Report on the treatment of epidemic cholera: from information collected by the governments of Bengal, Madras, Bombay, N.W. Provinces, Punjab, Oudh, and Central India, by order of the Government of India
Disease focus: Cholera
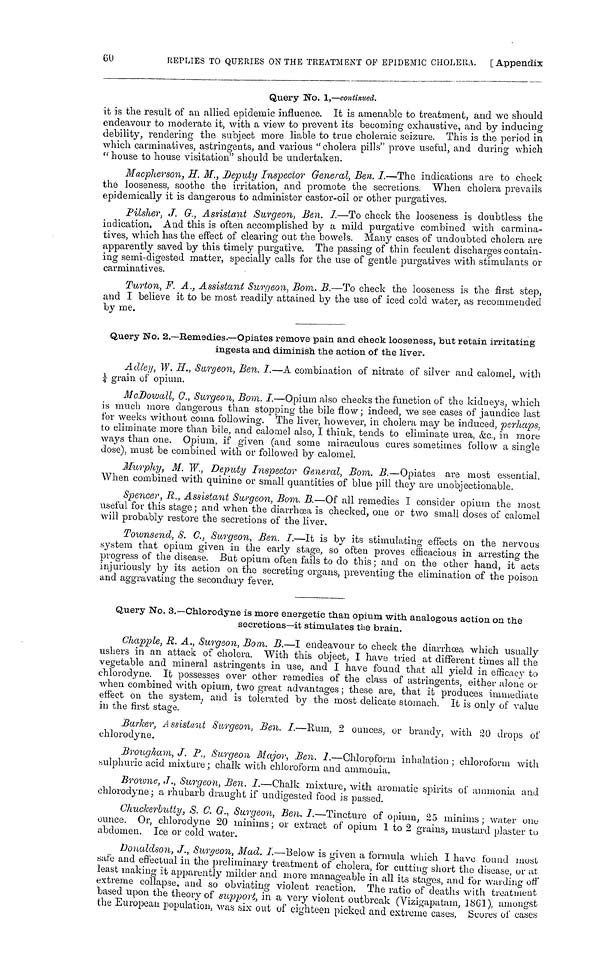
60
REPLIES TO QUERIES ON THE TREATMENT OF EPIDEMIC CHOLERA.
[Appendix
Query No. 1,—continued.
it is the result of au allied epidemic influence. It is amenable to treatment, and we should
endeavour to moderate it, with a view to prevent its becoming exhaustive, and by inducing
debility, rendering the subject more liable to true choleraic seizure. This is the period in
which carminatives, astringents, and various " cholera pills" prove useful, and during which
" house to house visitation" should be undertaken.
Macpherson, H. M., Deputy Inspector General, Ben. I.—The indications are to check
the looseness, soothe the irritation, and promote the secretions. When cholera prevails
epidemically it is dangerous to administer castor-oil or other purgatives.
Pilsher, J. G., Assistant Surgeon, Ben. I.—To check the looseness is doubtless the
indication. And this is often accomplished by a mild purgative combined with carmina-
tives, which has the effect of clearing out the bowels. Many cases of undoubted cholera are
apparently saved by this timely purgative. The passing of thin feculent discharges contain-
ing semi-digested matter, specially calls for the use of gentle purgatives with stimulants or
carminatives.
Turton, F. A., Assistant Surgeon, Bom. B.—To check the looseness is the first step,
and I believe it to be most readily attained by the use of iced cold water, as recommended
by me.
Query No. 2.—Remedies.—Opiates remove pain and check looseness, tout retain irritating
ingesta and diminish the action of the liver.
Adley, W. H., Surgeon, Ben. I.—A combination of nitrate of silver and calomel, with
¼ grain of opium.
McDowall, C., Surgeon, Bom. I.—Opium also checks the function of the kidneys, which
is much more dangerous than stopping the bile flow; indeed, we see cases of jaundice last
for weeks without coma following. The liver, however, in cholera may be induced, perhaps,
to eliminate more than bile, and calomel also, I think, tends to eliminate urea, &c., in more
ways than one. Opium, if given (and some miraculous cures sometimes follow a single
dose), must be combined with or followed by calomel.
Murphy, M. W., Deputy Inspector General, Bom. B.—Opiates are most essential.
When combined with quinine or small quantities of blue pill they are unobjectionable.
Spencer, R., Assistant Surgeon, Bom. B.—Of all remedies I consider opium the most
useful for this stage ; and when the diarrhœa is checked, one or two small doses of calomel
will probably restore the secretions of the liver.
Townsend, 8. C., Surgeon, Ben. I.—It is by its stimulating effects on the nervous
system that opium given in the early stage, so often proves efficacious in arresting the
progress of the disease. But opium often fails to do this ; and on the other hand, it acts
injuriously by its action on the secreting organs, preventing the elimination of the poison
and aggravating the secondary fever.
Query No. 3.—Chlorodyne is more energetic than opium with analogous action on the
secretions—it stimulates the brain.
Chapple, R. A., Surgeon, Bom. B.—I endeavour to check the diarrhœa which usually
ushers in an attack of cholera. With this object, I have tried at different times all the
vegetable and mineral astringents in use, and I have found that all yield in efficacy to
chlorodyne. It possesses over other remedies of the class of astringents, either alone or
when combined with opium, two great advantages ; these are, that it produces immediate
effect on the system, and is tolerated by the most delicate stomach. It is only of value
in the first stage.
Barker, Assistant Surgeon, Ben. I.—Rum, 2 ounces, or brandy, with 20 drops of
chlorodyne.
Brougham, J. P., Surgeon Major, Ben. I.—Chloroform inhalation ; chloroform with
sulphuric acid mixture ; chalk with Chloroform and ammonia.
Browne, J., Surgeon, Ben. I.—Chalk mixture, with aromatic spirits of ammonia and
chlorodyne ; a rhubarb draught if undigested food is passed.
Chuckerbutty, S. C. G., Surgeon, Ben. I.—Tincture of opium, 25 minims ; water one
ounce. Or, chlorodyne 20 minims ; or extract of opium 1 to 2 grains, mustard plaster to
abdomen. Ice or cold water.
Donaldson, J., Surgeon, Mad. I.—Below is given a formula which I have found most
safe and effectual in the preliminary treatment of cholera, for cutting short the disease, or at
least making it apparently milder and more manageable in all its stages, and for warding off
extreme collapse, and so obviating violent reaction. The ratio of deaths with treatment
based upon the theory of support, in a very violent outbreak (Vizigapatam, 1861), amongst
the European population, was six out of eighteen picked and extreme cases, Scores of cases